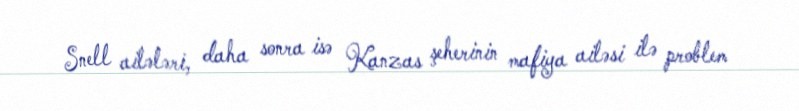
Snell ailələri, daha sonra isə Kanzas şeherinin mafiya ailəsi ilə problem